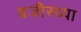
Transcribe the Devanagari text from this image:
वजीरच्या